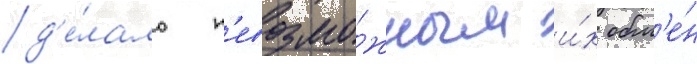
д'е́лало н'евозмо́жным и́х обм'е́н